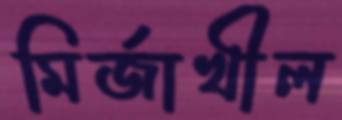
মির্জাখীল